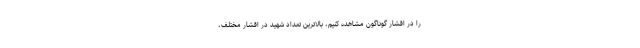
را در اقشار گوناگون مشاهده کنیم، بالاترین تعداد شهید در اقشار مختلف،